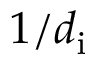
1 / d _ { \mathrm { i } }